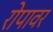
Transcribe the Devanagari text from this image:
रोपावर